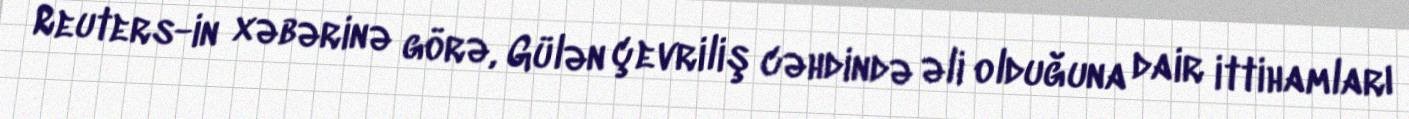
Reuters-in xəbərinə görə, Gülən çevriliş cəhdində əli olduğuna dair ittihamları